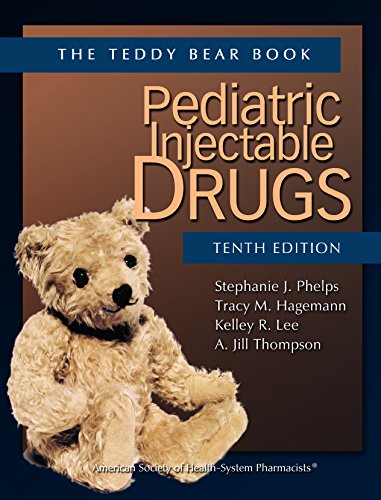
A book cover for Pediatric Injectable Drugs (The Teddy Bear Book) (Teddy Bear Book Series); Stephanie J. Phelps Pharm.D.; Medical Books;